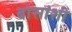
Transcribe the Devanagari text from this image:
बोसांशी